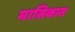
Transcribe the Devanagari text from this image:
मासिकास